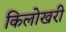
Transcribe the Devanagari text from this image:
किलोखरी